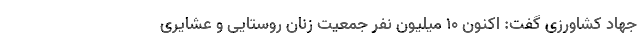
جهاد کشاورزی گفت: اکنون ۱۰ میلیون نفر جمعیت زنان روستایی و عشایری